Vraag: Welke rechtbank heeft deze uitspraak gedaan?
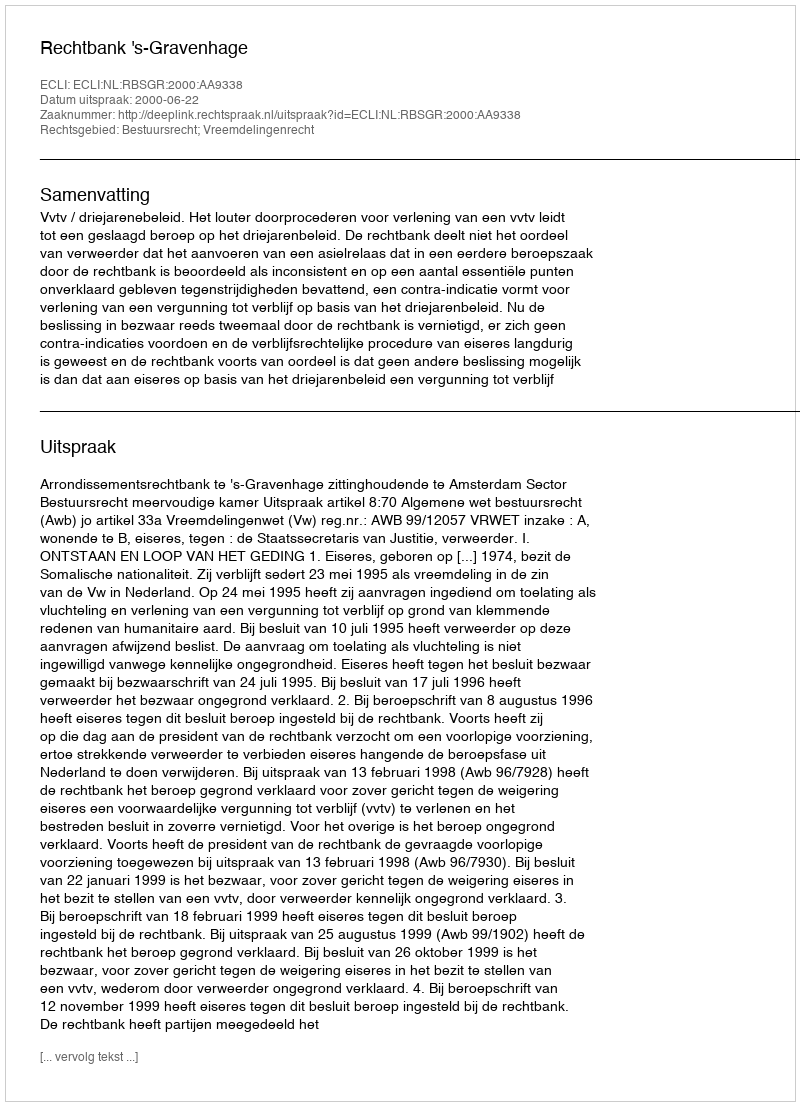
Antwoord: Rechtbank 's-Gravenhage